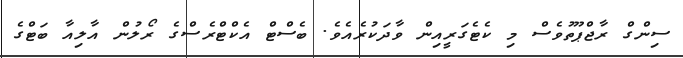
ސިންގް ރާޖްޕޫތުވެސް މި ކެޓެގަރީއިން ވާދަކުރެއެވެ. ބެސްޓް އެކްޓްރެސްގެ ރޯލުން އާލިއާ ބަޓްގެ